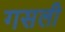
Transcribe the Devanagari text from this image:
गसली